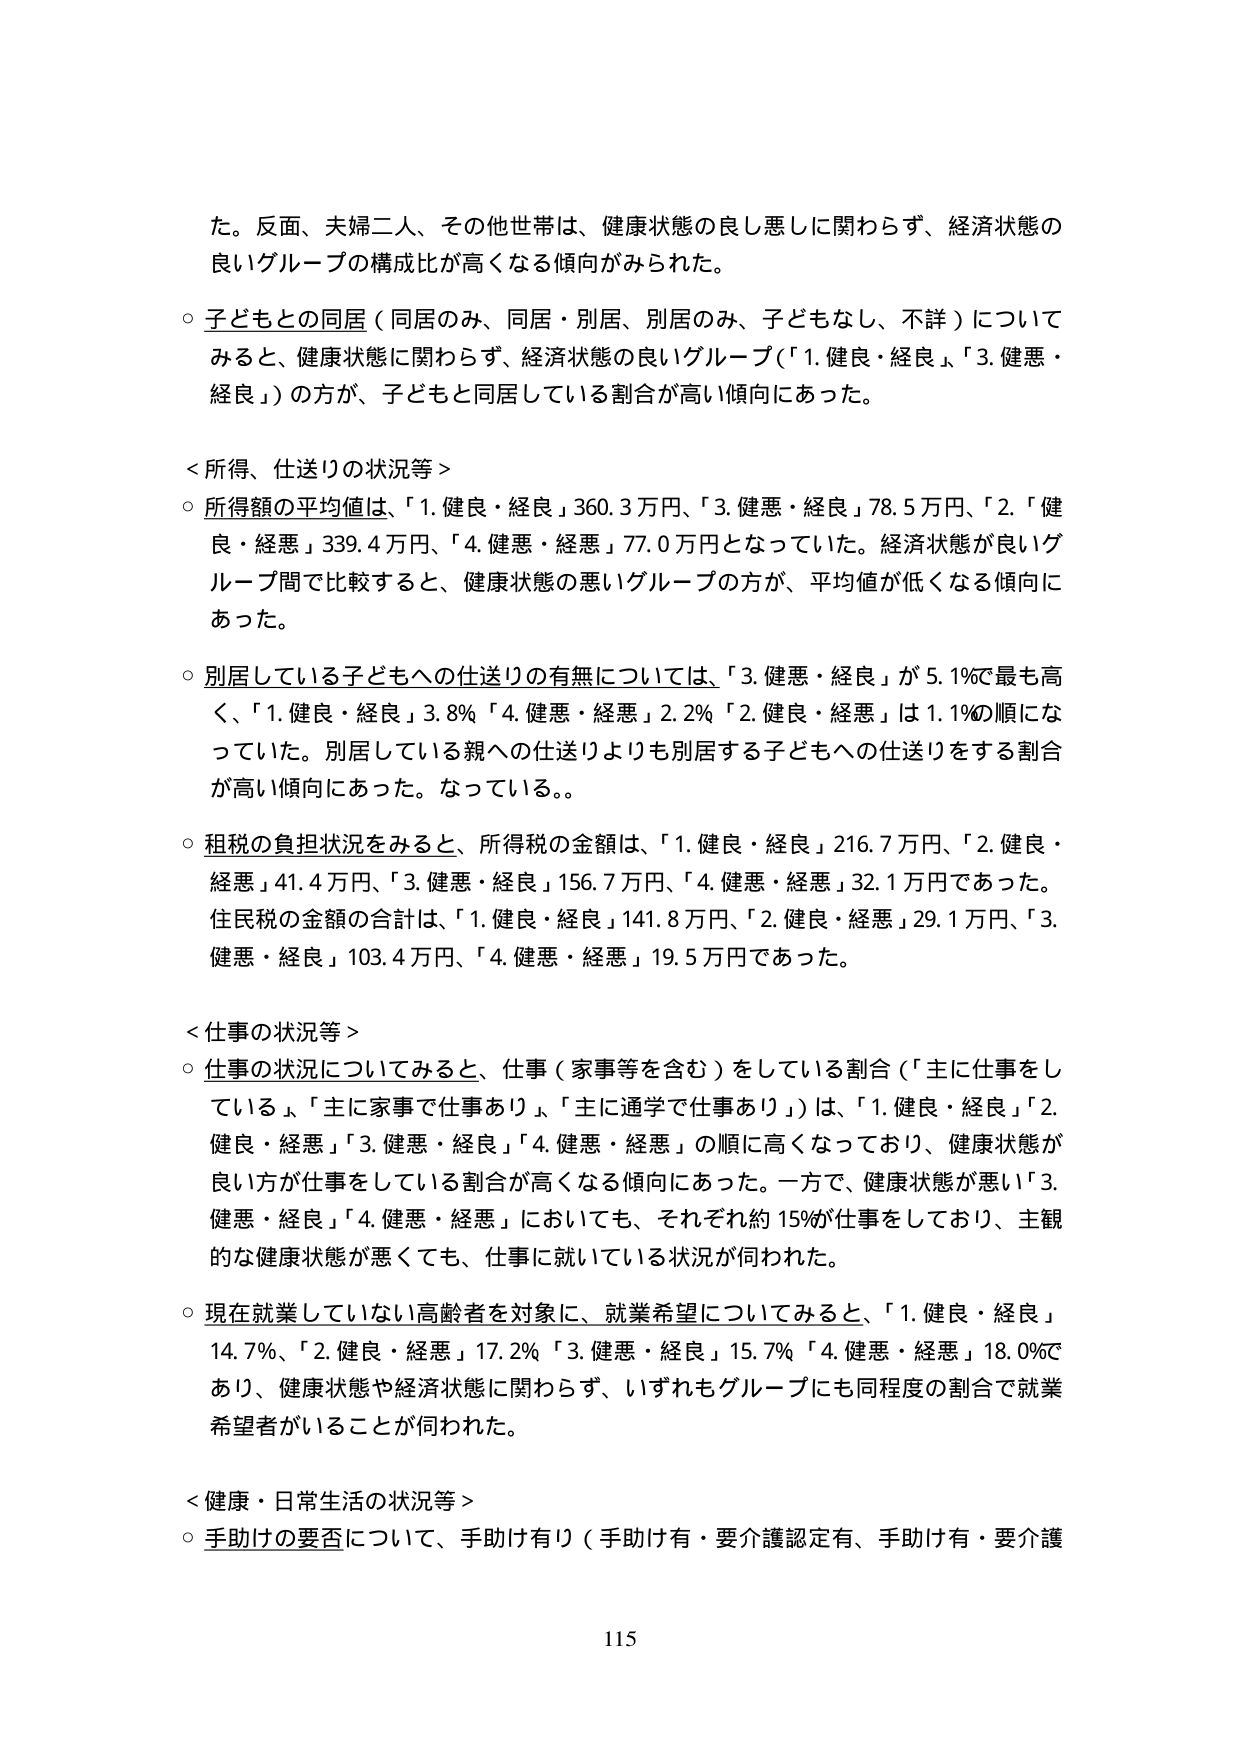
た。反面、夫婦二人、その他世帯は、健康状態の良し悪しに関わらず、経済状態の良いグループの構成比が高くなる傾向がみられた。

○ 子どもとの同居（同居のみ、同居・別居、別居のみ、子どもなし、不詳）についてみると、健康状態に関わらず、経済状態の良いグループ（「1. 健良・経良」、「3. 健悪・経良」）の方が、子どもと同居している割合が高い傾向にあった。

＜所得、仕送りの状況等＞

○ 所得額の平均値は、「1. 健良・経良」360.3万円、「3. 健悪・経良」78.5万円、「2. 健良・経悪」339.4万円、「4. 健悪・経悪」77.0万円となっていた。経済状態が良いグループ間で比較すると、健康状態の悪いグループの方が、平均値が低くなる傾向にあった。

○ 別居している子どもへの仕送りの有無については、「3. 健悪・経良」が5.1%で最も高く、「1. 健良・経良」3.8%、「4. 健悪・経悪」2.2%、「2. 健良・経悪」は1.1%の順になっていた。別居している親への仕送りよりも別居する子どもへの仕送りをする割合が高い傾向にあった。なっている。。

○ 租税の負担状況をみると、所得税の金額は、「1. 健良・経良」216.7万円、「2. 健良・経悪」41.4万円、「3. 健悪・経良」156.7万円、「4. 健悪・経悪」32.1万円であった。住民税の金額の合計は、「1. 健良・経良」141.8万円、「2. 健良・経悪」29.1万円、「3. 健悪・経良」103.4万円、「4. 健悪・経悪」19.5万円であった。

＜仕事の状況等＞

○ 仕事の状況についてみると、仕事（家事等を含む）をしている割合（「主に仕事をしている」、「主に家事で仕事あり」、「主に通学で仕事あり」）は、「1. 健良・経良」「2. 健良・経悪」「3. 健悪・経良」「4. 健悪・経悪」の順に高くなっており、健康状態が良い方が仕事をしている割合が高くなる傾向にあった。一方で、健康状態が悪い「3. 健悪・経良」「4. 健悪・経悪」においても、それぞれ約15%が仕事をしており、主観的な健康状態が悪くても、仕事に就いている状況が伺われた。

○ 現在就業していない高齢者を対象に、就業希望についてみると、「1. 健良・経良」14.7%、「2. 健良・経悪」17.2%、「3. 健悪・経良」15.7%、「4. 健悪・経悪」18.0%であり、健康状態や経済状態に関わらず、いずれもグループにも同程度の割合で就業希望者がいることが伺われた。

＜健康・日常生活の状況等＞

○ 手助けの要否について、手助け有り（手助け有・要介護認定有、手助け有・要介護

115